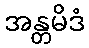
အန္တမိဒံ